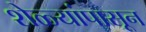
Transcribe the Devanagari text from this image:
शेळ्यांपासून